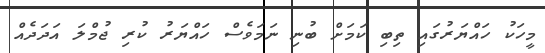
މީހަކު ހައްޔަރުގައި ތިބި ކަމަށް ބުނި ނަމަވެސް ހައްޔަރު ކުރި ޖުމްލަ އަދަދެއް